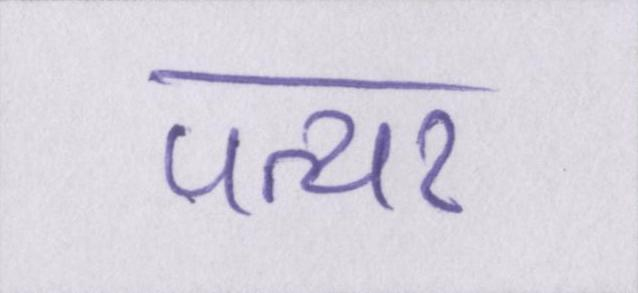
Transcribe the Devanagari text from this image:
पत्थर